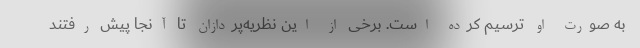
به صورت او ترسیم کرده است. برخی از این نظریه‌پردازان تا آنجا پیش رفتند